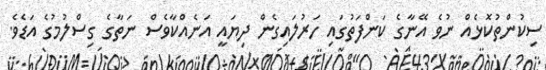
ސިކުންތުކޮޅެއް ނުވެ އޭނާގެ ކަންފަތުގައި ހަރުލައިގެން ދިޔައީ އަނެއްކާވެސް ނަތާގެ ގިސްލުމުގެ އަޑެވެ.